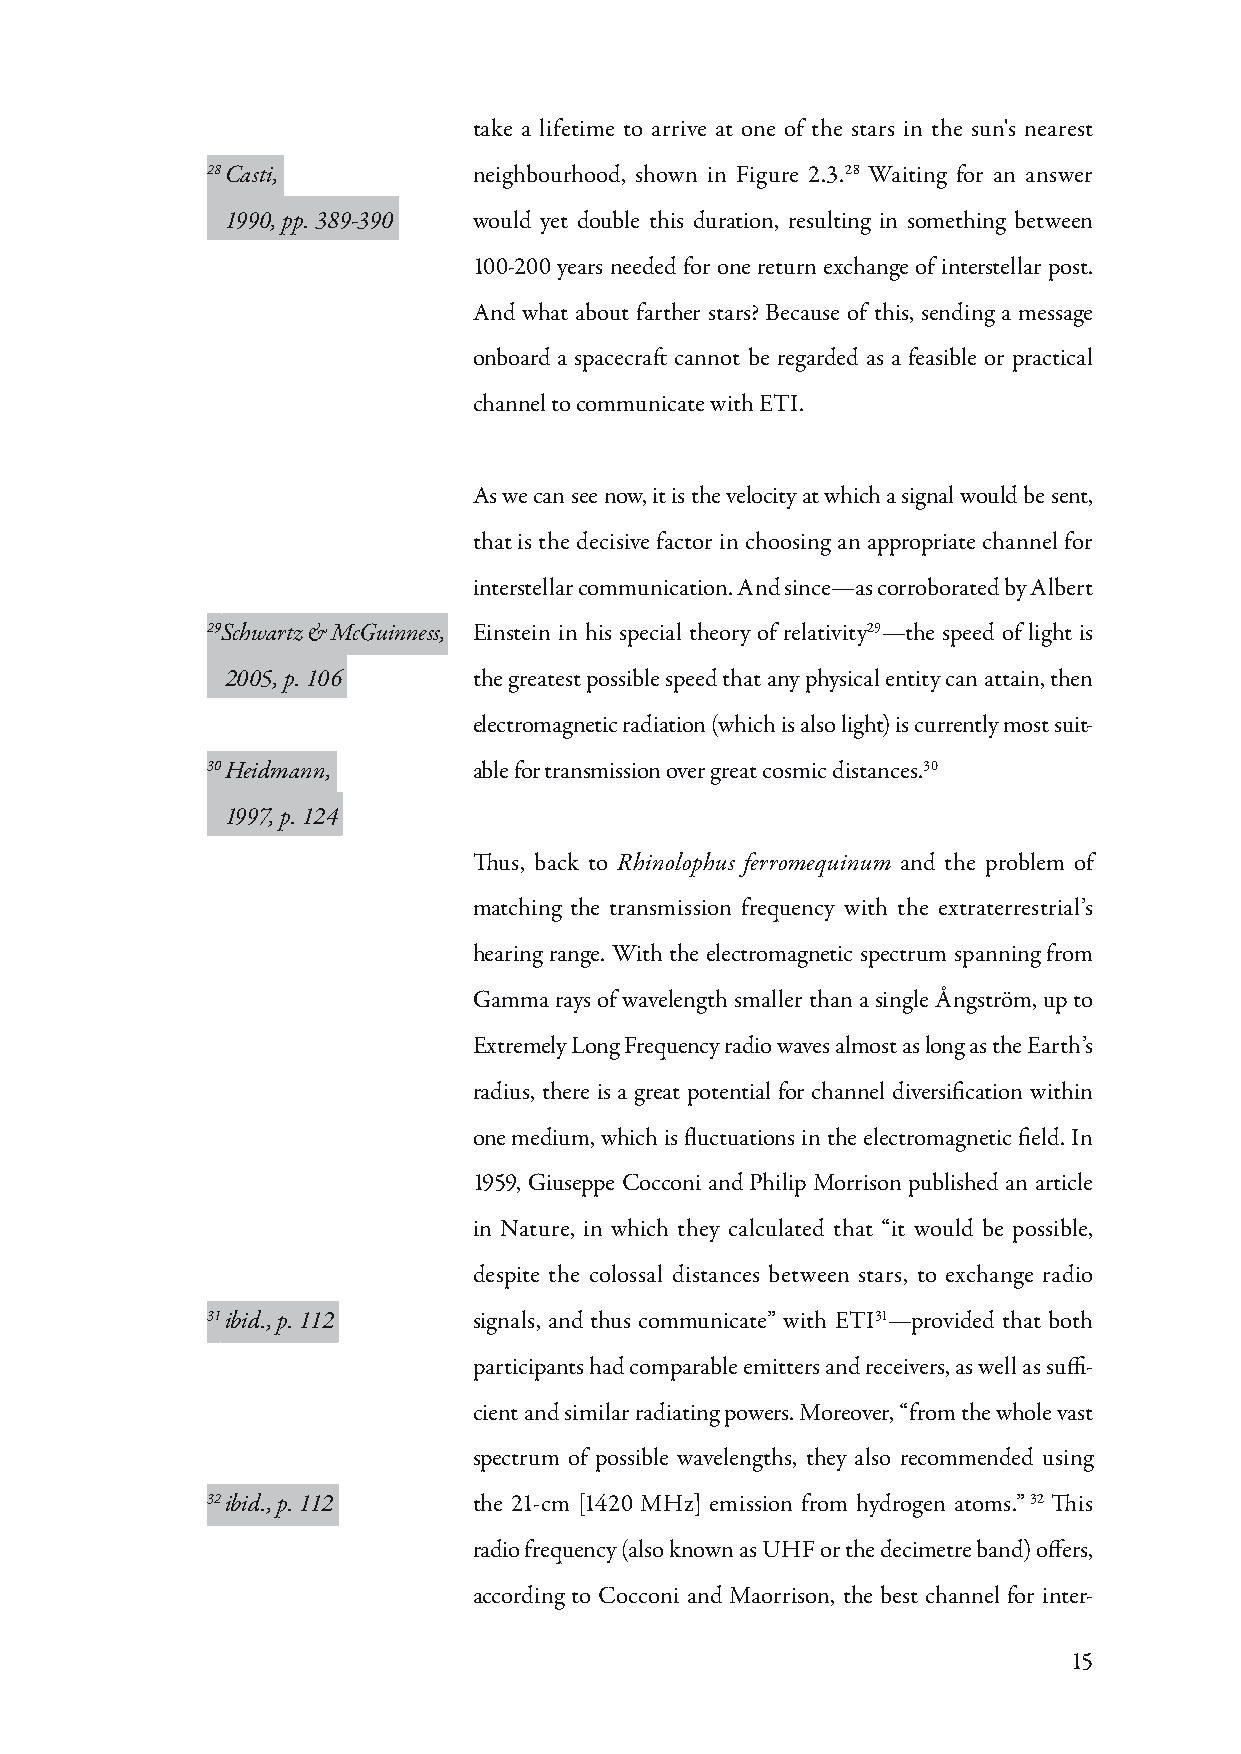
take a lifetime to arrive at one of the stars in the sun's nearest
 28 Casti,        neighbourhood, shown in Figure 2.3.28 Waiting for an answer
 1990, pp. 389-390 would yet double this duration, resulting in something between
 100-200 years needed for one return exchange of interstellar post.
 And what about farther stars? Because of this, sending a message
 onboard a spacecraft cannot be regarded as a feasible or practical
 channel to communicate with ETI.
 As we can see now, it is the velocity at which a signal would be sent,
 that is the decisive factor in choosing an appropriate channel for
 interstellar communication. And since—as corroborated by Albert
 29Schwartz & McGuinness, Einstein in his special theory of relativity29—the speed of light is
 2005, p. 106    the greatest possible speed that any physical entity can attain, then
 electromagnetic radiation (which is also light) is currently most suit-
 30 Heidmann,     able for transmission over great cosmic distances.30
 1997, p. 124
 Thus, back to Rhinolophus ferromequinum and the problem of
 matching the transmission frequency with the extraterrestrial’s
 hearing range. With the electromagnetic spectrum spanning from
 Gamma rays of wavelength smaller than a single Ångström, up to
 Extremely Long Frequency radio waves almost as long as the Earth’s
 radius, there is a great potential for channel diversification within
 one medium, which is fluctuations in the electromagnetic field. In
 1959, Giuseppe Cocconi and Philip Morrison published an article
 in Nature, in which they calculated that “it would be possible,
 despite the colossal distances between stars, to exchange radio
 31 ibid., p. 112 signals, and thus communicate” with ETI31—provided that both
 participants had comparable emitters and receivers, as well as suffi-
 cient and similar radiating powers. Moreover, “from the whole vast
 spectrum of possible wavelengths, they also recommended using
 32 ibid., p. 112 the 21-cm [1420 MHz] emission from hydrogen atoms.” 32 This
 radio frequency (also known as UHF or the decimetre band) offers,
 according to Cocconi and Maorrison, the best channel for inter-
 15